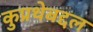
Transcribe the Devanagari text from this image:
कुप्रथेबद्दल